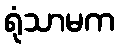
ရုံသာမက